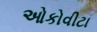
ઓકોવીટા